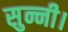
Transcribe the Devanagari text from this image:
सुन्नी।